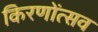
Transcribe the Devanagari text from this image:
किरणोंत्सव